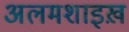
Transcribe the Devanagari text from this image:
अलमशाइख़